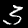
Label: 3